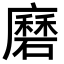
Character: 𭚇